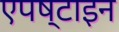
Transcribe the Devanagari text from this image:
एपष्टाइन